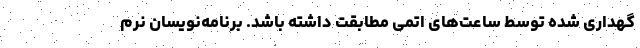
گهداری شده توسط ساعت‌های اتمی مطابقت داشته باشد. برنامه‌نویسان نرم